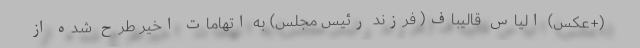
(+عکس) الیاس قالیباف( فرزند رئیس مجلس) به اتهامات اخیر طرح شده از